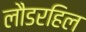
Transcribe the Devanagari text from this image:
लौडरहिल